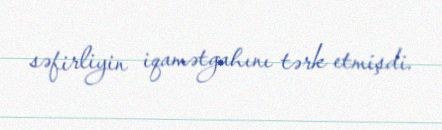
səfirliyin iqamətgahını tərk etmişdi.